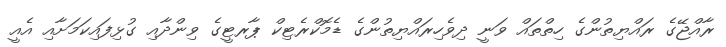
ރާއްޖޭގެ ރައްޔިތުންގެ ހިތްތައް ވަނީ ދިވެހިރައްޔިތުންގެ ޑެމޮކްރެޓިކް ޕާރޓީގެ ވިންދާއި ގުޅިފައިކަމަށާއި އެއީ